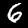
Digit: 6